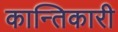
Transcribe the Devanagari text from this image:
कान्तिकारी